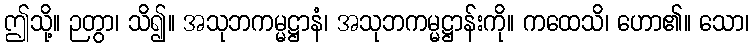
ဤသို့။ ဉတွာ၊ သိ၍။ အသုဘကမ္မဋ္ဌာနံ၊ အသုဘကမ္မဋ္ဌာန်းကို။ ကထေသိ၊ ဟော၏။ သော၊